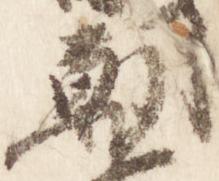
朝